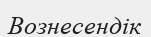
Вознесендік